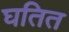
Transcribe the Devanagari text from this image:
घतित